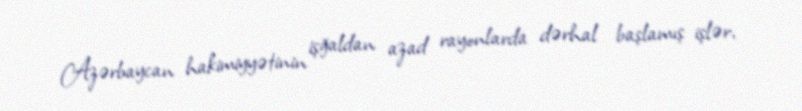
Azərbaycan hakimiyyətinin işğaldan azad rayonlarda dərhal başlamış işlər,